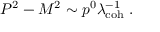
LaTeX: P ^ { 2 } - M ^ { 2 } \sim p ^ { 0 } \lambda _ { \mathrm { c o h } } ^ { - 1 } \; .